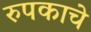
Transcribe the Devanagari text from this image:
रुपकाचे